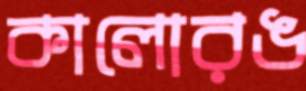
কালোরঙ